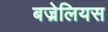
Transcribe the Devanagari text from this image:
बज्रेलियस